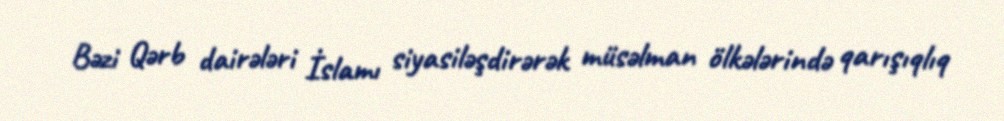
Bəzi Qərb dairələri İslamı siyasiləşdirərək müsəlman ölkələrində qarışıqlıq